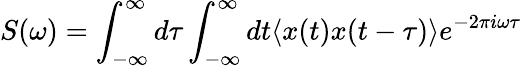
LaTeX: S(\omega)=\int_{-\infty}^{\infty}d\tau\int_{-\infty}^{\infty}dt\langle x(t)x(t-\tau)\rangle e^{-2\pi i\omega\tau}